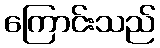
ကြောင်းသည်